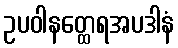
ဥပဝါနတ္ထေရအပဒါနံ